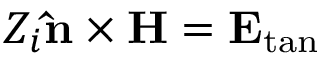
{ Z _ { i } } { \bf { \hat { n } } } \times { \bf { H } } = { { \bf { E } } _ { \tan } }